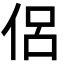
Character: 侶